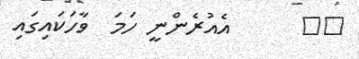
١٢      އެއުރެންނީ ހަމަ  ވާހަކައިގައި